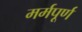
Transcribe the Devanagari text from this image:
मर्मपूर्ण